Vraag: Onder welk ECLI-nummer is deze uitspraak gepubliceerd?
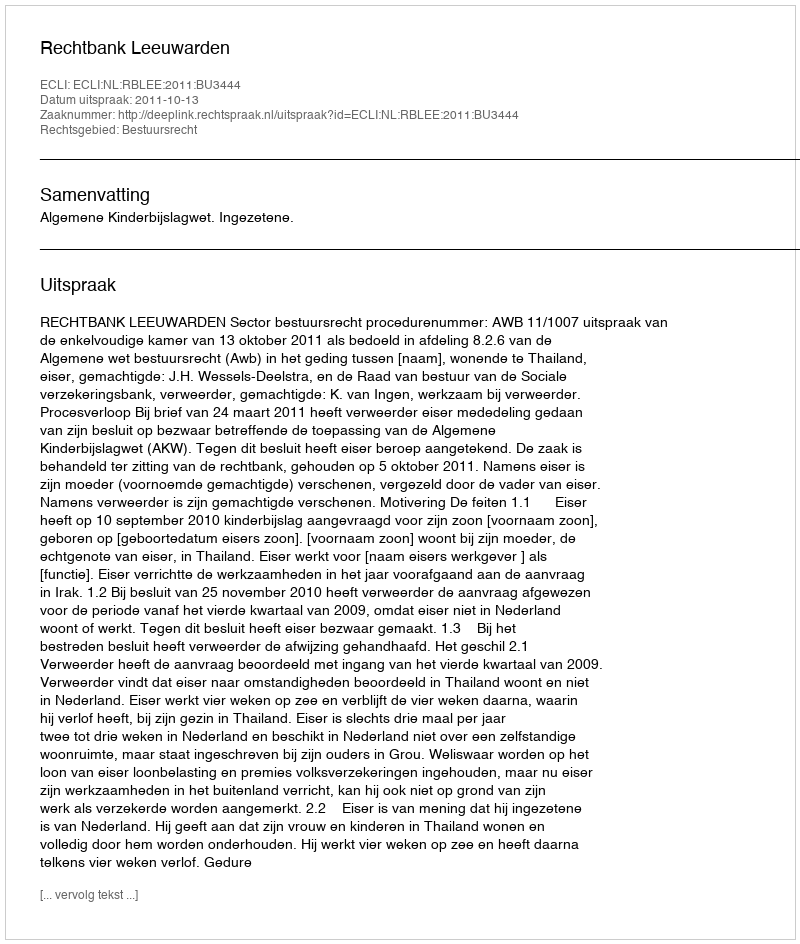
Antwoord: ECLI:NL:RBLEE:2011:BU3444